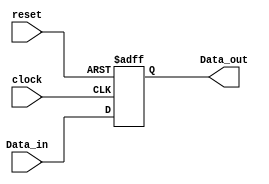
module D_reg4_a  (Data_out, clock, reset, Data_in);
  output 		[3: 0] 	Data_out;
  input 		[3: 0] 	Data_in;
  input			clock, reset;
  reg 		[3: 0] 	Data_out;

  always @  (posedge clock or posedge reset)		
    begin 
      if (reset == 1'b1) Data_out <= 4'b0;
        else Data_out <= Data_in;
      end
endmodule